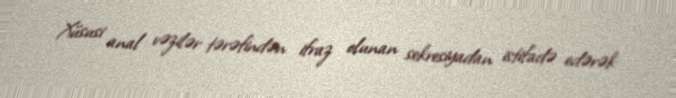
Xüsusi anal vəzilər tərəfindən ifraz olunan sekresiyadan istifadə edərək